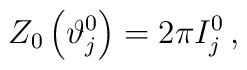
Z_{0}\left( \vartheta _{j}^{0}\right) =2\pi I_{j}^{0}\, ,